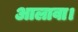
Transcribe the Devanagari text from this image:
आलावा।